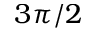
3 \pi / 2